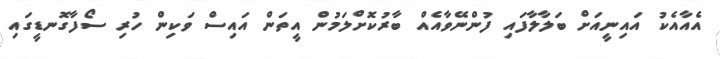
އެއާއެކު އައިނީއަށް ބަލާލާފައި ފުންނޭވާއެއް ބާރުކޮށްލަމުން އީތަން އައިސް ވަކިން ހުރި ސޯފާގޮނޑީގައި